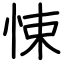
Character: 悚